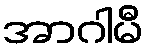
အာဂါမီ